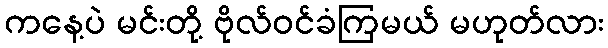
ကနေ့ပဲ မင်းတို့ ဗိုလ်ဝင်ခံကြမယ် မဟုတ်လား